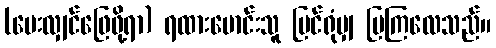
(မေးလျှင်ဖြေဖို့ရာ) ရထားမောင်းသူ မြင်ရုံမျှ ပြကြလေသည်။